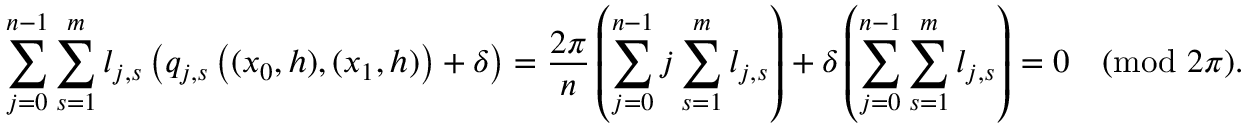
\sum _ { j = 0 } ^ { n - 1 } \sum _ { s = 1 } ^ { m } l _ { j , s } \left( q _ { j , s } \left( ( x _ { 0 } , h ) , ( x _ { 1 } , h ) \right) + \delta \right) = \frac { 2 \pi } { n } \left( \sum _ { j = 0 } ^ { n - 1 } j \sum _ { s = 1 } ^ { m } l _ { j , s } \right) + \delta \left( \sum _ { j = 0 } ^ { n - 1 } \sum _ { s = 1 } ^ { m } l _ { j , s } \right) = 0 \pmod { 2 \pi } .